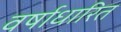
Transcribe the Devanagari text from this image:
वर्षाधारित